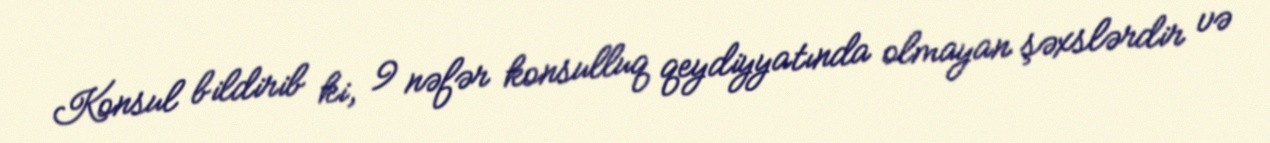
Konsul bildirib ki, 9 nəfər konsulluq qeydiyyatında olmayan şəxslərdir və